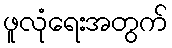
ဖူလုံရေးအတွက်